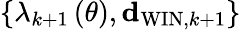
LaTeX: \left\{ \lambda_{k+1}\left(\theta\right),{\mathbf d}_{\mathrm{WIN},k+1}\right\}